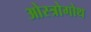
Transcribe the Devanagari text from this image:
ओस्त्रोगोथ